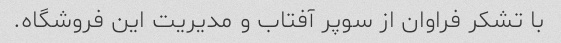
با تشکر فراوان از سوپر آفتاب و مدیریت این فروشگاه.